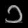
Digit: ၁